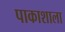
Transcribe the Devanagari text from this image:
पाकाशाला